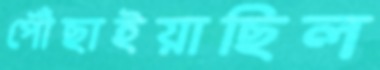
পৌঁছাইয়াছিল